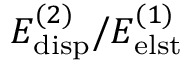
E _ { \mathrm { d i s p } } ^ { ( 2 ) } / E _ { \mathrm { e l s t } } ^ { ( 1 ) }